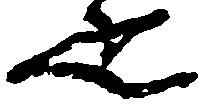
疋